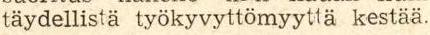
täydellistä työkyvyttömyyttä kestää.